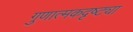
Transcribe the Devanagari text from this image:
गुणात्मकदृष्ट्या